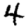
Digit: 4